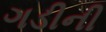
ગડીની